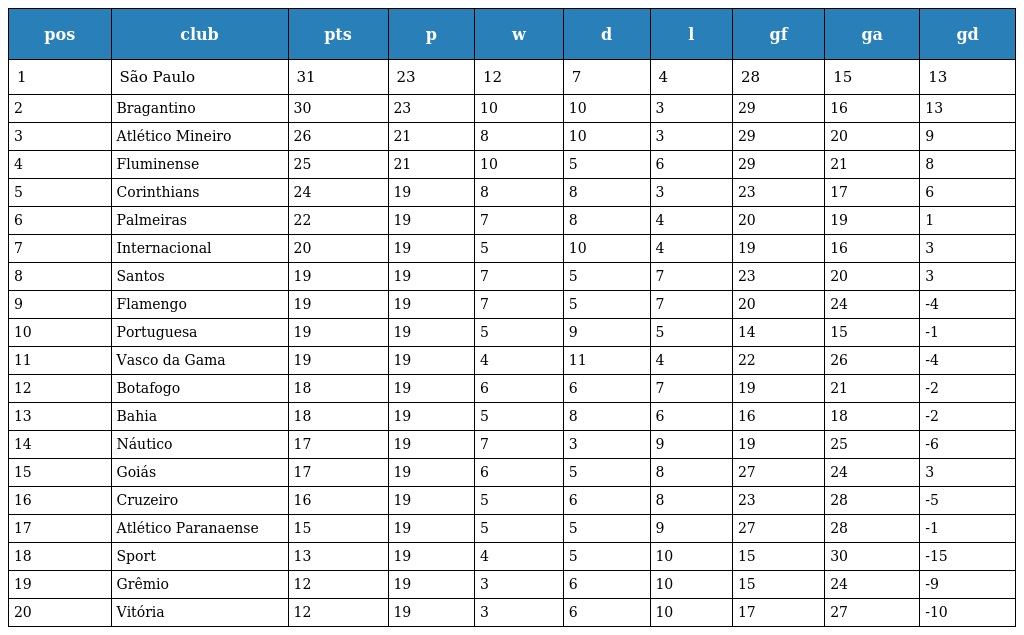
| pos | club | pts | p | w | d | l | gf | ga | gd |
 | --- | --- | --- | --- | --- | --- | --- | --- | --- | --- |
 | 1 | São Paulo | 31 | 23 | 12 | 7 | 4 | 28 | 15 | 13 |
 | 2 | Bragantino | 30 | 23 | 10 | 10 | 3 | 29 | 16 | 13 |
 | 3 | Atlético Mineiro | 26 | 21 | 8 | 10 | 3 | 29 | 20 | 9 |
 | 4 | Fluminense | 25 | 21 | 10 | 5 | 6 | 29 | 21 | 8 |
 | 5 | Corinthians | 24 | 19 | 8 | 8 | 3 | 23 | 17 | 6 |
 | 6 | Palmeiras | 22 | 19 | 7 | 8 | 4 | 20 | 19 | 1 |
 | 7 | Internacional | 20 | 19 | 5 | 10 | 4 | 19 | 16 | 3 |
 | 8 | Santos | 19 | 19 | 7 | 5 | 7 | 23 | 20 | 3 |
 | 9 | Flamengo | 19 | 19 | 7 | 5 | 7 | 20 | 24 | -4 |
 | 10 | Portuguesa | 19 | 19 | 5 | 9 | 5 | 14 | 15 | -1 |
 | 11 | Vasco da Gama | 19 | 19 | 4 | 11 | 4 | 22 | 26 | -4 |
 | 12 | Botafogo | 18 | 19 | 6 | 6 | 7 | 19 | 21 | -2 |
 | 13 | Bahia | 18 | 19 | 5 | 8 | 6 | 16 | 18 | -2 |
 | 14 | Náutico | 17 | 19 | 7 | 3 | 9 | 19 | 25 | -6 |
 | 15 | Goiás | 17 | 19 | 6 | 5 | 8 | 27 | 24 | 3 |
 | 16 | Cruzeiro | 16 | 19 | 5 | 6 | 8 | 23 | 28 | -5 |
 | 17 | Atlético Paranaense | 15 | 19 | 5 | 5 | 9 | 27 | 28 | -1 |
 | 18 | Sport | 13 | 19 | 4 | 5 | 10 | 15 | 30 | -15 |
 | 19 | Grêmio | 12 | 19 | 3 | 6 | 10 | 15 | 24 | -9 |
 | 20 | Vitória | 12 | 19 | 3 | 6 | 10 | 17 | 27 | -10 |